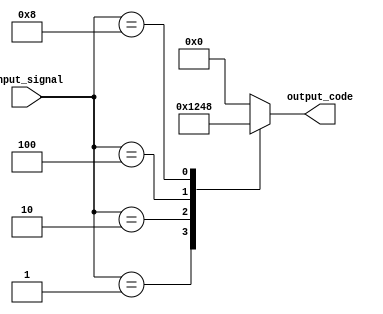
module Encoder(
    input [N-1:0] input_signal,
    output reg [M-1:0] output_code
);

parameter N = 4; // number of input bits
parameter M = 4; // number of output bits

always @(*) begin
    case(input_signal)
        4'b0001: output_code = 4'b0001;
        4'b0010: output_code = 4'b0010;
        4'b0100: output_code = 4'b0100;
        4'b1000: output_code = 4'b1000;
        default: output_code = 4'b0000; // default output code when input is not recognized
    endcase
end

endmodule